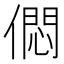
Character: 𠎒